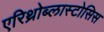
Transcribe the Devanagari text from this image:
एरिथ्रोब्लास्टोसिस